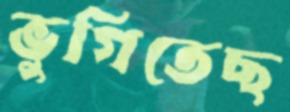
ভুগিতেছ